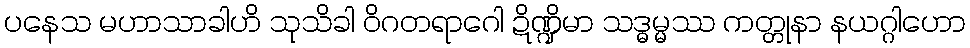
ပနေသ မဟာသာခါဟိ သုသိခါ ဝိဂတရာဂေါ ဍိဏ္ဍိမာ သဒ္ဓမ္မဿ ကတ္တုနာ နယဂ္ဂါဟော